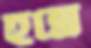
হন্নে